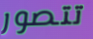
تتصور